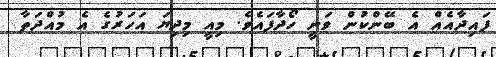
ފައިދާއެއް އެ ބޭންކުން ވަނީ ހޯދާފައެވެ. މިއީ މިދިޔަ އަހަރުގެ އެ މުއްދަތާ